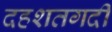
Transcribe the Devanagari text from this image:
दहशतगर्दी